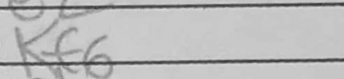
Transcription: Kf6